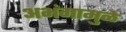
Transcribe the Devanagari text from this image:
अभंगामुळे